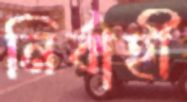
নির্বাহী